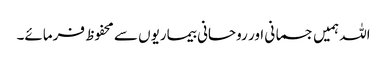
اللہ ہمیں جسمانی اور روحانی بیماریوں سے محفوظ فرمائے۔